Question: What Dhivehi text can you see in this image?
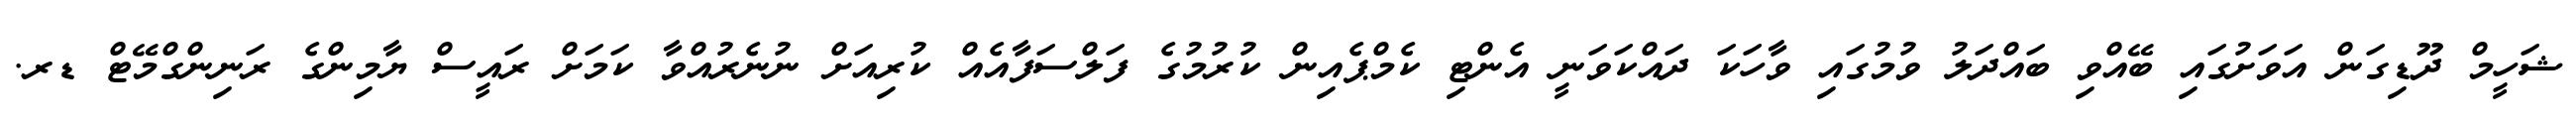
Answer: ޝަހީމް ދޫޑިގަން އަވަށުގައި ބޭއްވި ބައްދަލު ވުމުގައި ވާހަކަ ދައްކަވަނީ އެންޓި ކެމްޕެއިން ކުރުމުގެ ފަލްސަފާއެއް ކުރިއަށް ނުނެރުއްވާ ކަމަށް ރައީސް ޔާމިންގެ ރަނިންގްމޭޓް ޑރ.